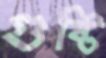
গুষ্টি